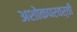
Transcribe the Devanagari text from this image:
अशोकपरवर्ती